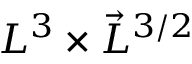
L ^ { 3 } \times \vec { L } ^ { 3 / 2 }